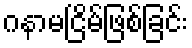
ဂနာမငြိမ်ဖြစ်ခြင်း